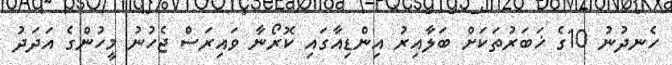
ހެނދުނު 10ގެ ޚަބަރުތަކަށް ބަލާއިރު އިންޑިއާގައި ކޮރޯނާ ވައިރަސް ޖެހުނު މީހުންގެ އަދަދު